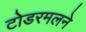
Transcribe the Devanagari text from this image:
टोडरमलने